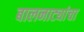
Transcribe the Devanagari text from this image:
बालनाट्यांचा